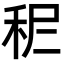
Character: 𥞓